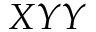
X Y Y